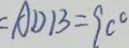
A D B = 9 0 ^ { \circ }